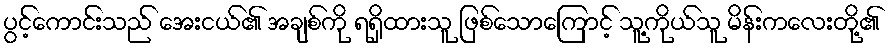
ပွင့်ကောင်းသည် အေးငယ်၏ အချစ်ကို ရရှိထားသူ ဖြစ်သောကြောင့် သူ့ကိုယ်သူ မိန်းကလေးတို့၏